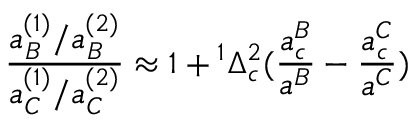
{ \frac { { a _ { B } ^ { ( 1 ) } / a _ { B } ^ { ( 2 ) } } } { { a _ { C } ^ { ( 1 ) } / a _ { C } ^ { ( 2 ) } } } } \approx { 1 + { ^ { 1 } \Delta _ { c } ^ { 2 } } ( { { \frac { a _ { c } ^ { B } } { a ^ { B } } } - { \frac { a _ { c } ^ { C } } { { a ^ { C } } } } ) } }